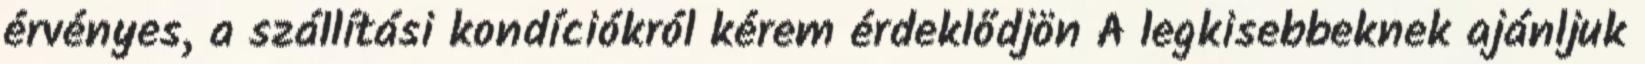
érvényes, a szállítási kondíciókról kérem érdeklődjön A legkisebbeknek ajánljuk